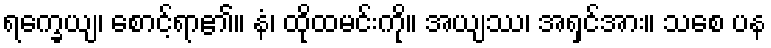
ရက္ခေယျ၊ စောင့်ရာ၏။ နံ၊ ထိုထမင်းကို။ အယျဿ၊ အရှင်အား။ သစေ ပန